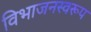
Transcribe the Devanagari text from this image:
विभाजनस्वरूप